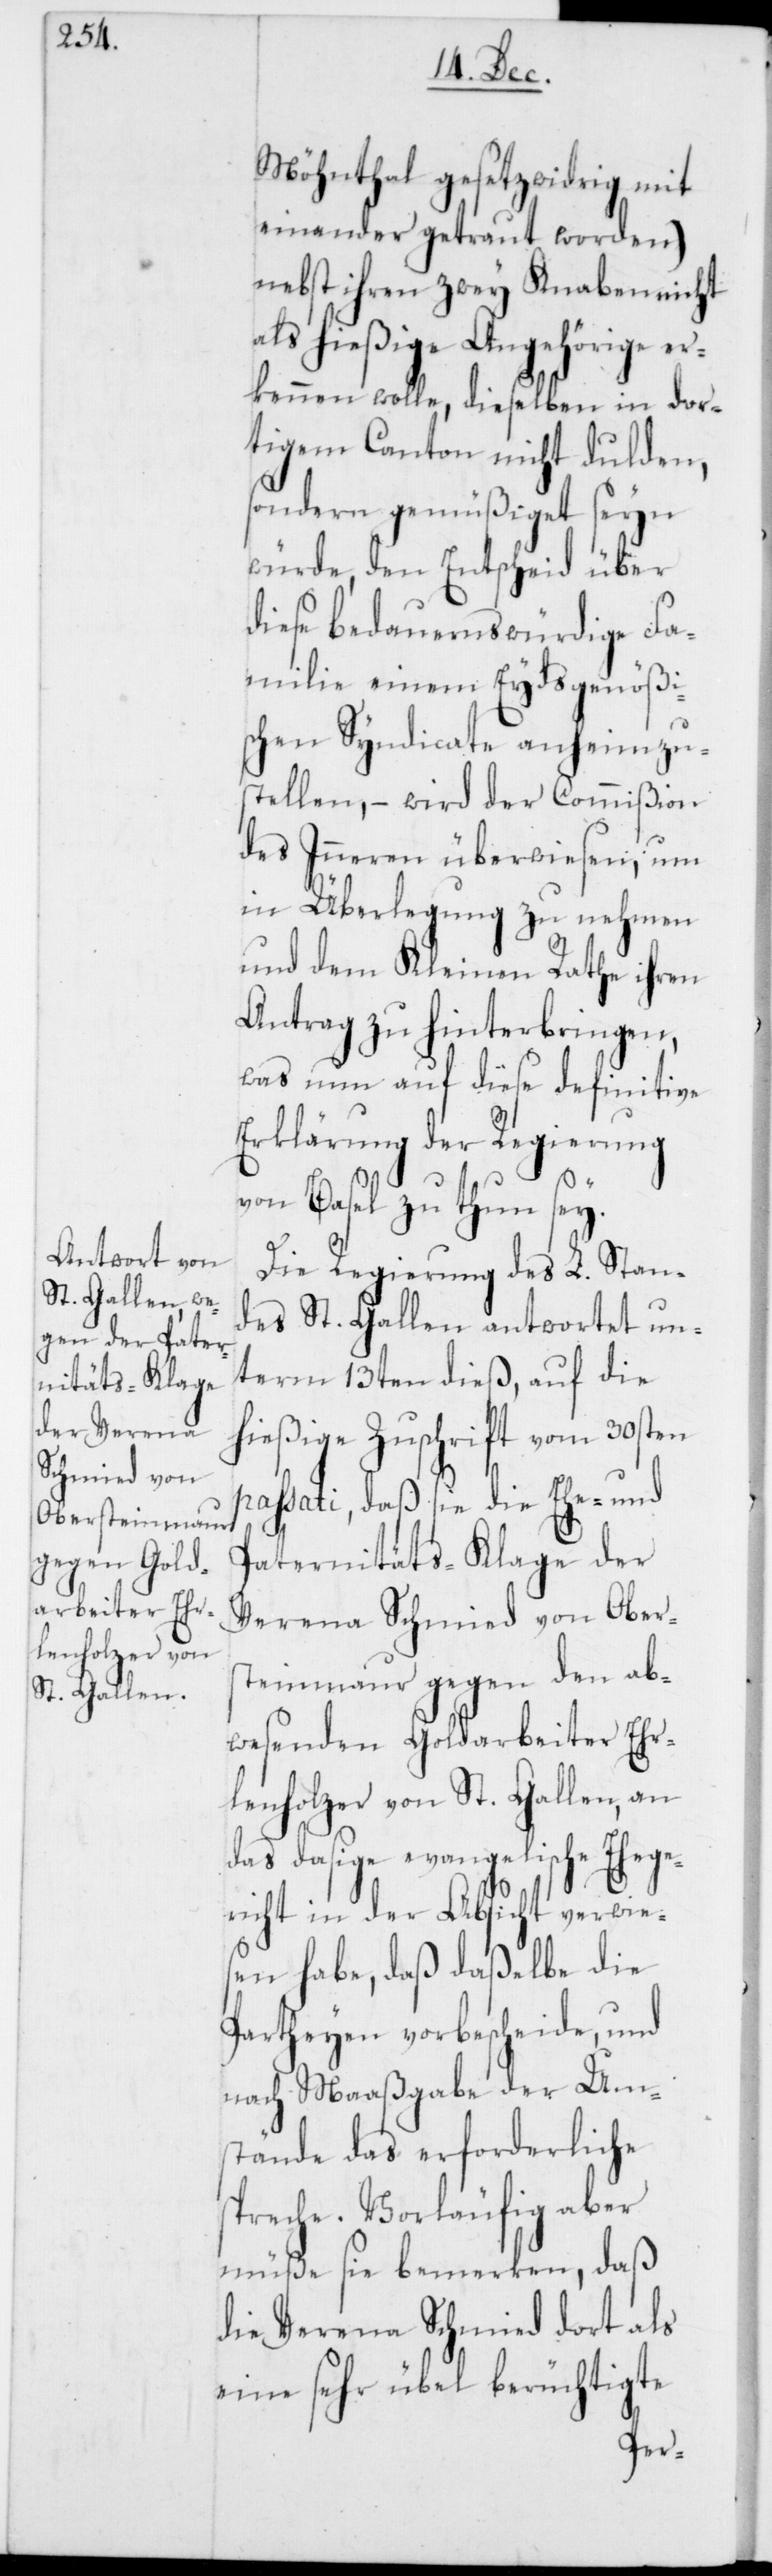
Eydsgenößi¬

ilie einem
Möhnthal gesetzwidrig mit
einander getraut worden)
nebst ihren zwey Knaben nicht
als hießige Angehörige er¬
kennen wolle, dieselben in dor¬
tigem Canton nicht dulden,
sondern gemüßiget seyn
würde, den Entscheid über
diese bedauernswürdige Fam¬
schen Syndicate anheimzu¬
stellen, – wird der Commißion
des Inneren überwiesen, um
in Überlegung zu nehmen
und dem Kleinen Rathe ihren
Antrag zu hinterbringen,
was nun auf diese definitive
Erklärung der Regierung
von Basel zu thun sey.
Die Regierung des L. Stand¬
es St. Gallen antwortet un¬
term 13ten dieß, auf die
hießige Zuschrift vom 30sten
passati, daß sie die Ehe- und
Paternitäts-Klage der
Verena Schmied von Obers¬
teinmaur gegen den ab¬
wesenden Goldarbeiter Ehr¬
lenholzer von St. Gallen, an
das dasige evangelische Ehege¬
richt in der Absicht verwie¬
sen habe, daß daßelbe die
Partheyen vorbescheide, und
nach Maaßgabe der Um¬
stände das erforderliche
spreche. Vorläufig aber
müße sie bemerken, daß
die Verena Schmied dort als
eine sehr übel berüchtigte